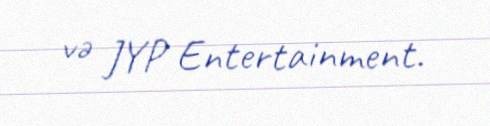
və JYP Entertainment.